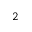
^ 2